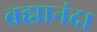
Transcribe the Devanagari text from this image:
ब्रह्मानंदा